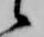
候